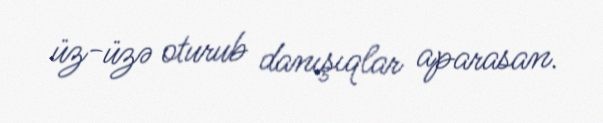
üz-üzə oturub danışıqlar aparasan.